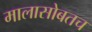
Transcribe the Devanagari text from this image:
मालासोबतच